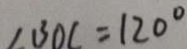
\angle B O C = 1 2 0 ^ { \circ }